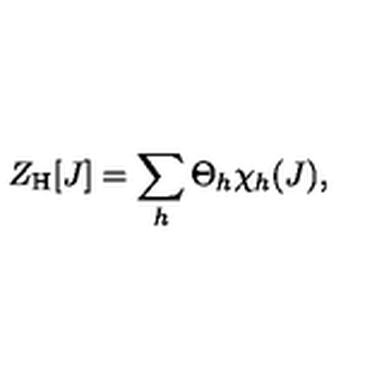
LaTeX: Z _ { \mathrm { H } } [ J ] = \sum _ { h } \Theta _ { h } \chi _ { h } ( J ) ,